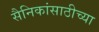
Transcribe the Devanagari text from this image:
सैनिकांसाठीच्या